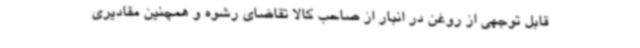
قابل توجهی از روغن در انبار از صاحب کالا تقاضای رشوه و همچنین مقادیری